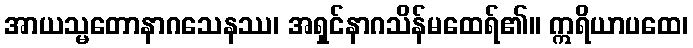
အာယသ္မတောနာဂသေနဿ၊ အရှင်နာဂသိန်မထေရ်၏။ ဣရိယာပထေ၊